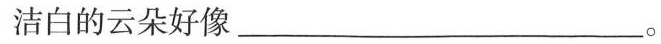
洁白的云朵好像___。